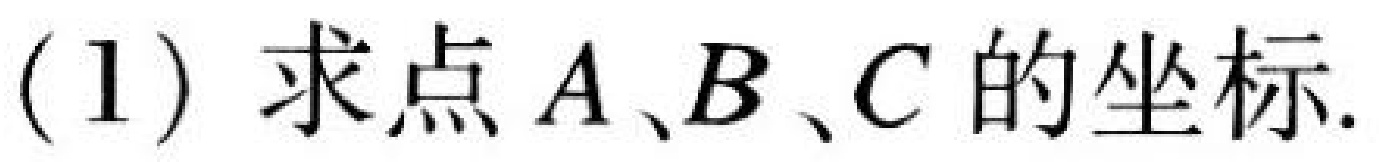
(1) 求点$A、B、C$的坐标.